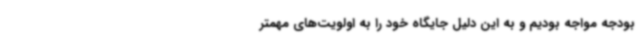
بودجه مواجه بودیم و به این دلیل جایگاه خود را به اولویت‌های مهمتر